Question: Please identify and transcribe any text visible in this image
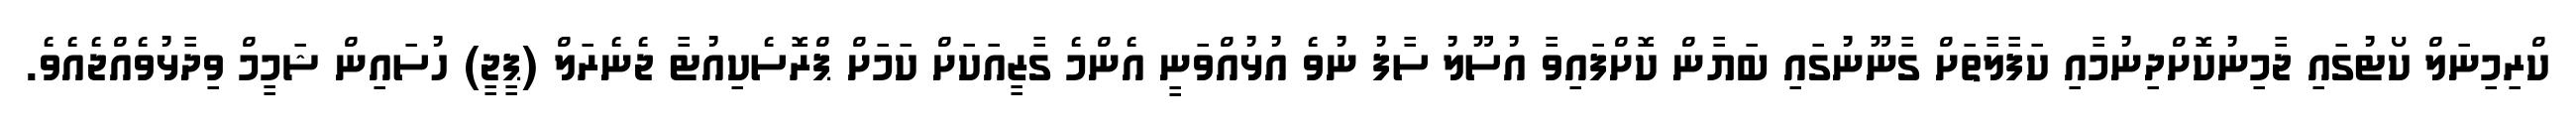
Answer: ކްރިމިނަލް ކޯޓުގައި ޖާމިނުކޮށްދިނުމާއި ކަފާލާތަށް ގާނޫނުގައި ބަޔާން ކޮށްފައިވާ އުސޫލު ސާފު ނުވެ އުޅުއްވަނީ އެންމެ ގާޒީއަކަށް ކަމަށް ޕްރޮސެކިއުޓާ ޖެނެރަލް (ޕީޖީ) ހުސައިން ޝަމީމް ވިދާޅުވެއްޖެއެވެ.